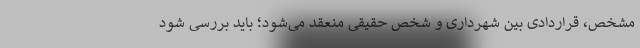
مشخص، قراردادی بین شهرداری و شخص حقیقی منعقد می‌شود؛ باید بررسی شود